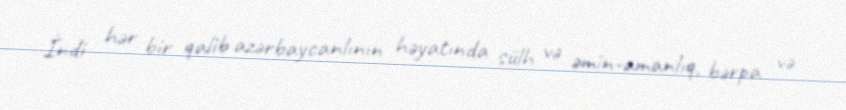
İndi hər bir qalib azərbaycanlının həyatında sülh və əmin-amanlıq, bərpa və